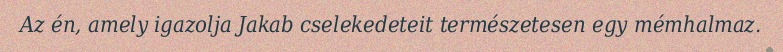
Az én, amely igazolja Jakab cselekedeteit természetesen egy mémhalmaz.